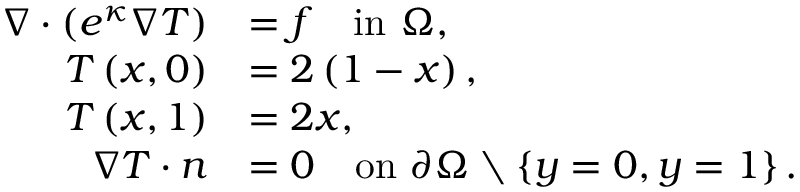
\begin{array} { r l } { \nabla \cdot \left( e ^ { \kappa } \nabla \boldsymbol { T } \right) } & { = f \quad \mathrm { i n ~ } \Omega , } \\ { \boldsymbol { T } \left( x , 0 \right) } & { = 2 \left( 1 - x \right) , } \\ { \boldsymbol { T } \left( x , 1 \right) } & { = 2 x , } \\ { \nabla \boldsymbol { T } \cdot \boldsymbol { n } } & { = 0 \quad \mathrm { o n ~ } \partial \Omega \setminus \left\{ y = 0 , y = 1 \right\} . } \end{array}